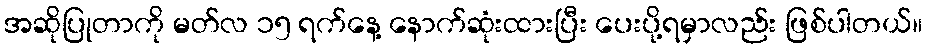
အဆိုပြုတာကို မတ်လ ၁၅ ရက်နေ့ နောက်ဆုံးထားပြီး ပေးပို့ရမှာလည်း ဖြစ်ပါတယ်။